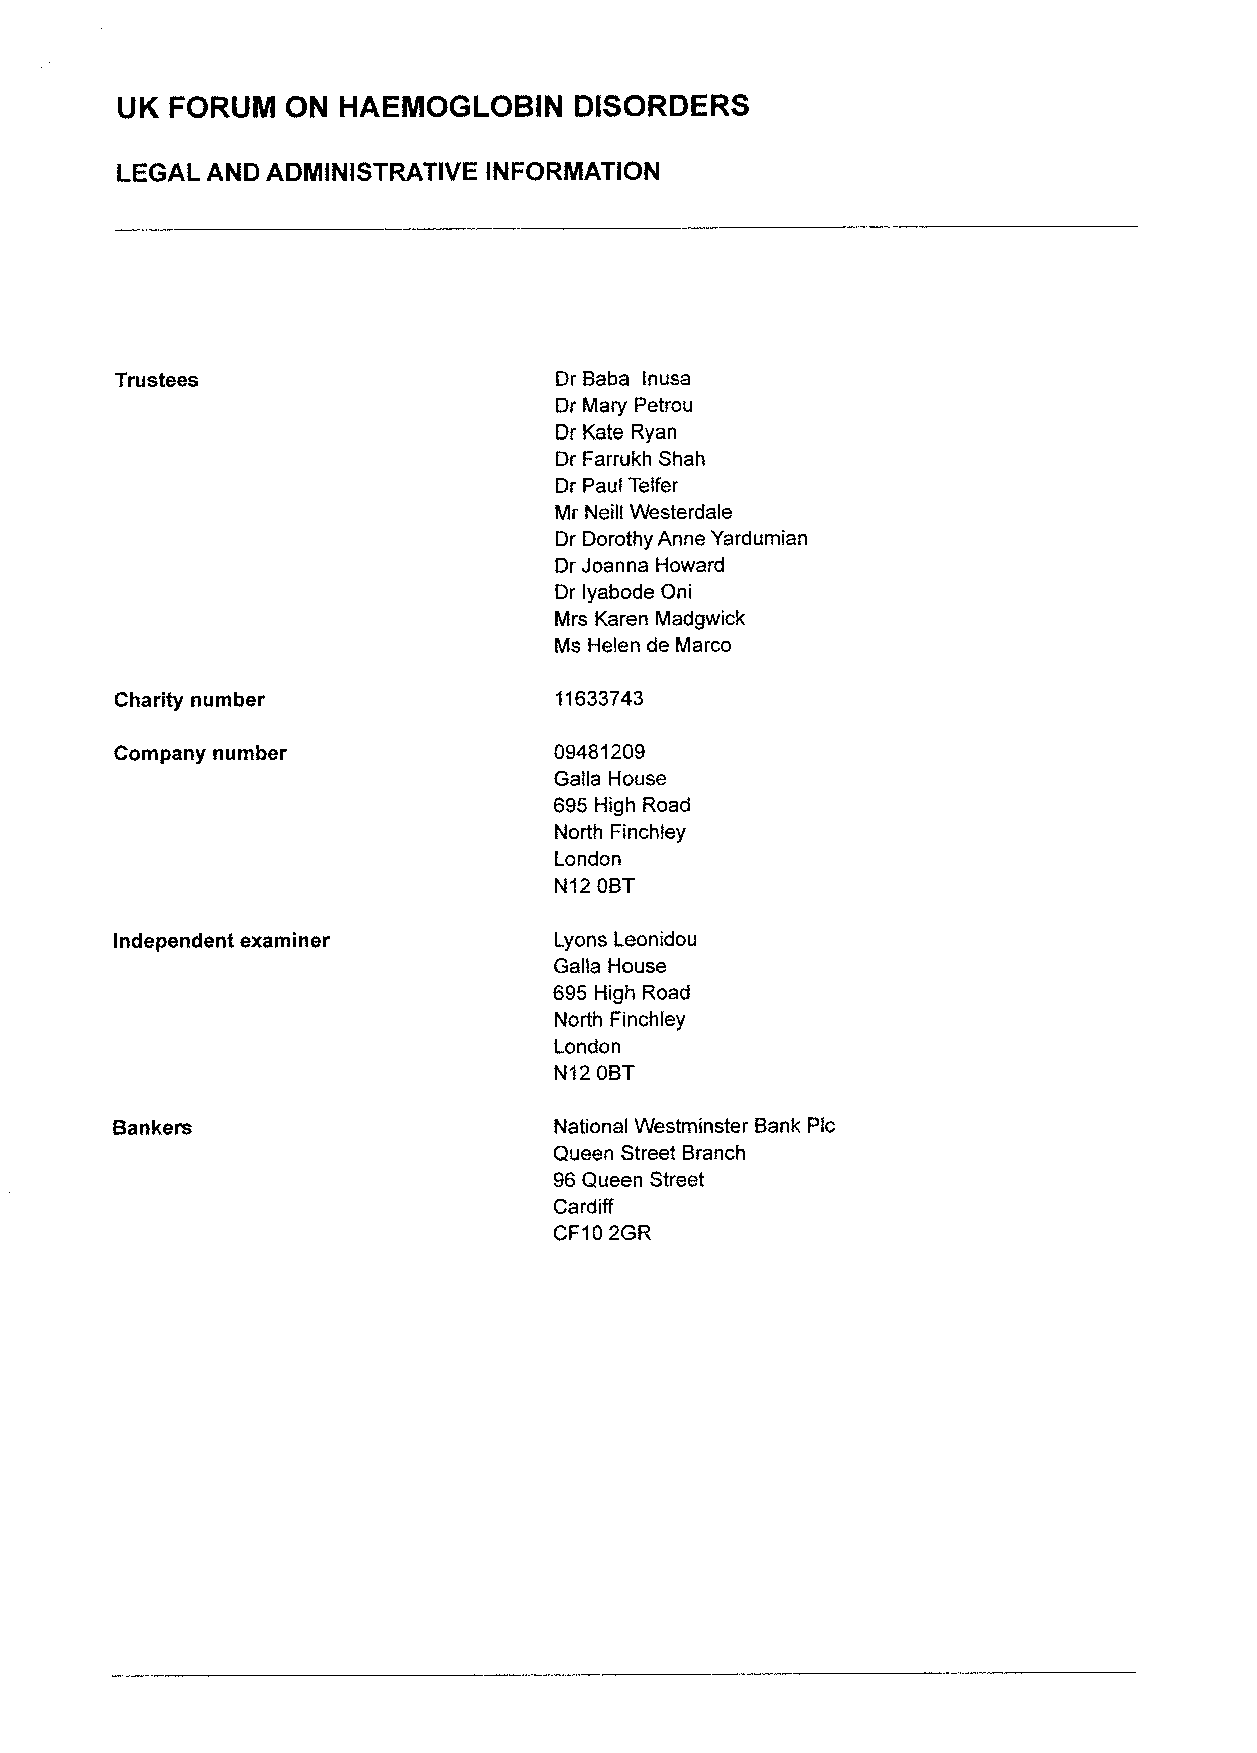
UK FORUM   ON HAEMOGLOBIN     DISORDERS
 LEGAL AND ADMINISTRATIVE INFORMATION
 Trustees                     Dr Baba lnusa
 Dr Mary Petrou
 Dr Kate Ryan
 Dr Farrukh Shah
 Dr Paul Telfer
 Mr Neill Westerdale
 Dr Dorothy Anne Yardumian
 Dr Joanna Howard
 Dr lyabode Oni
 Mrs Karen Madgwick
 Ms Helen de Marco
 Charity number               11633743
 Company number               09481209
 Galla House
 695 High Road
 North Finchley
 London
 N12 OBT
 Independent examiner         Lyons Leonidou
 Galla House
 695 High Road
 North Finchley
 London
 N12 OBT
 Bankers                       National Westminster Bank Pic
 Queen Street Branch
 96Queen Street
 Cardiff
 CF102GR